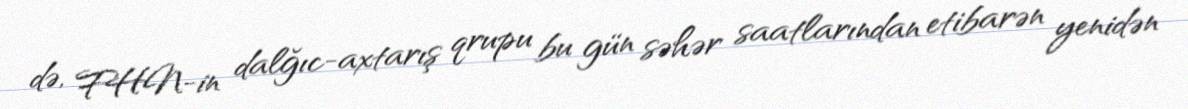
də, FHN-in dalğıc-axtarış qrupu bu gün səhər saatlarından etibarən yenidən